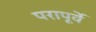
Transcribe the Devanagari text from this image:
परापूर्वे